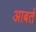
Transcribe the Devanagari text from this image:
आबर्त